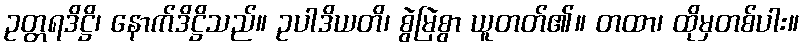
ဥတ္တရဒိဋ္ဌိ၊ နောက်ဒိဋ္ဌိသည်။ ဥပါဒိယတိ၊ စွဲမြဲစွာ ယူတတ်၏။ တထာ၊ ထိုမှတစ်ပါး။